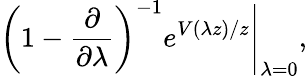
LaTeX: \left(1-\frac{\partial}{\partial\lambda}\right)^{-1}e^{V(\lambda z)/z}\Bigg\vert_{\lambda=0},